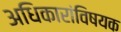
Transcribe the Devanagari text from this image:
अधिकारांविषयक